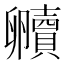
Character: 贕